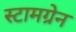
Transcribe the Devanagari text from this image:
स्टामग्रेन